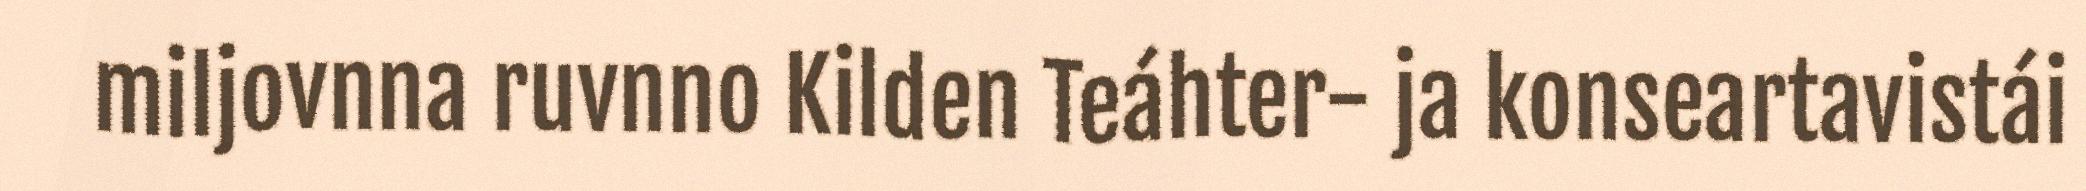
miljovnna ruvnno Kilden Teáhter- ja konseartavistái